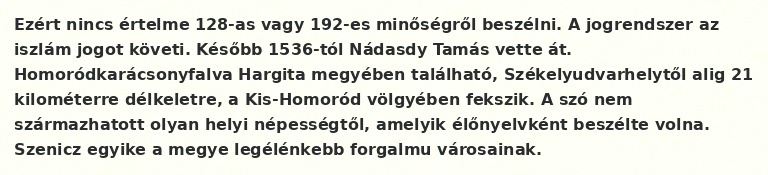
Ezért nincs értelme 128-as vagy 192-es minőségről beszélni. A jogrendszer az iszlám jogot követi. Később 1536-tól Nádasdy Tamás vette át. Homoródkarácsonyfalva Hargita megyében található, Székelyudvarhelytől alig 21 kilométerre délkeletre, a Kis-Homoród völgyében fekszik. A szó nem származhatott olyan helyi népességtől, amelyik élőnyelvként beszélte volna. Szenicz egyike a megye legélénkebb forgalmu városainak.